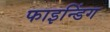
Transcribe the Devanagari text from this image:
फाइन्डिंग